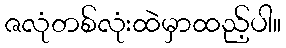
ဇလုံတစ်လုံးထဲမှာထည့်ပါ။